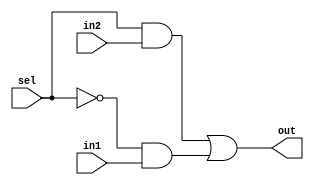
module mux2to1(out,sel,in1,in2);
	input in1,in2,sel;
	output out;
	wire not_sel,a1,a2;
	not (not_sel,sel);
	and (a1,sel,in2);
	and (a2,not_sel,in1);
	or(out,a1,a2);
endmodule

module mux3to1(out, sel, in1, in2, in3);
	input in1, in2, in3;
	input [1:0] sel;
	output out;
	wire y1, y2;
	mux2to1 m1(y1, sel[0], in1, in2);
	mux2to1 m2(y2, sel[0], in3, 1'b0);
	
	mux2to1 m3(out, sel[1], y1, y2);
endmodule

module bit8_3to1mux(out,sel ,in1,in2,in3);
	 input [7:0] in1,in2,in3;
	 output [7:0] out;
	 input [1:0]sel;
	 genvar j;
	//this is the variable that is be used in the generate
	//block
	 generate for (j=0; j<8;j=j+1) begin: mux_loop
		//mux_loop is the name of the loop
		 mux3to1 m1(out[j],sel,in1[j],in2[j],in3[j]);
		//mux2to1 is instantiated every time it is called
	 end
	 endgenerate
endmodule

module bit32_3to1mux(out, sel, in1, in2, in3);
	input [31:0] in1, in2, in3;
	output [31:0] out;
	input [1:0]sel;
	genvar j;

	generate for (j=0; j<31;j=j+8) begin: mux_loop
		//mux_loop is the name of the loop
		bit8_3to1mux m1(out[j+7:j],sel,in1[j+7:j],in2[j+7:j],in3[j+7:j]);
		//mux2to1 is instantiated every time it is called
	end
	endgenerate
endmodule

module tb_32bit3to1mux;
	 reg [31:0] INP1, INP2, INP3;
	 reg [1:0]SEL;
	 wire [31:0] out;
	 bit32_3to1mux M1(out,SEL,INP1,INP2,INP3);
	 initial
	 begin
		$monitor(,$time," INPUT1 = %d, INPUT2=%d, INPUT3=%d,SELECT=%d       OUTPUT=%d",INP1,INP2,INP3,SEL, out);
		 INP1=32'd4294967243;
		 INP2=32'd4294967221;
		 INP3=32'd4294967111;
		 SEL=2'b00;
		 #100 SEL=2'b01;
		 #200 SEL=2'b10;
		 #300 SEL=2'b11;
		 #1000 $finish;
	 end
endmodule